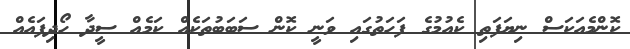
ކޮންމެއަކަސް ނިޔަފަތި ކެއުމުގެ ފަހަތުގައި ވަނީ ކޮން ސަބަބުތަކެއް ކަމެއް ސީދާ ހޯދިފައެއް